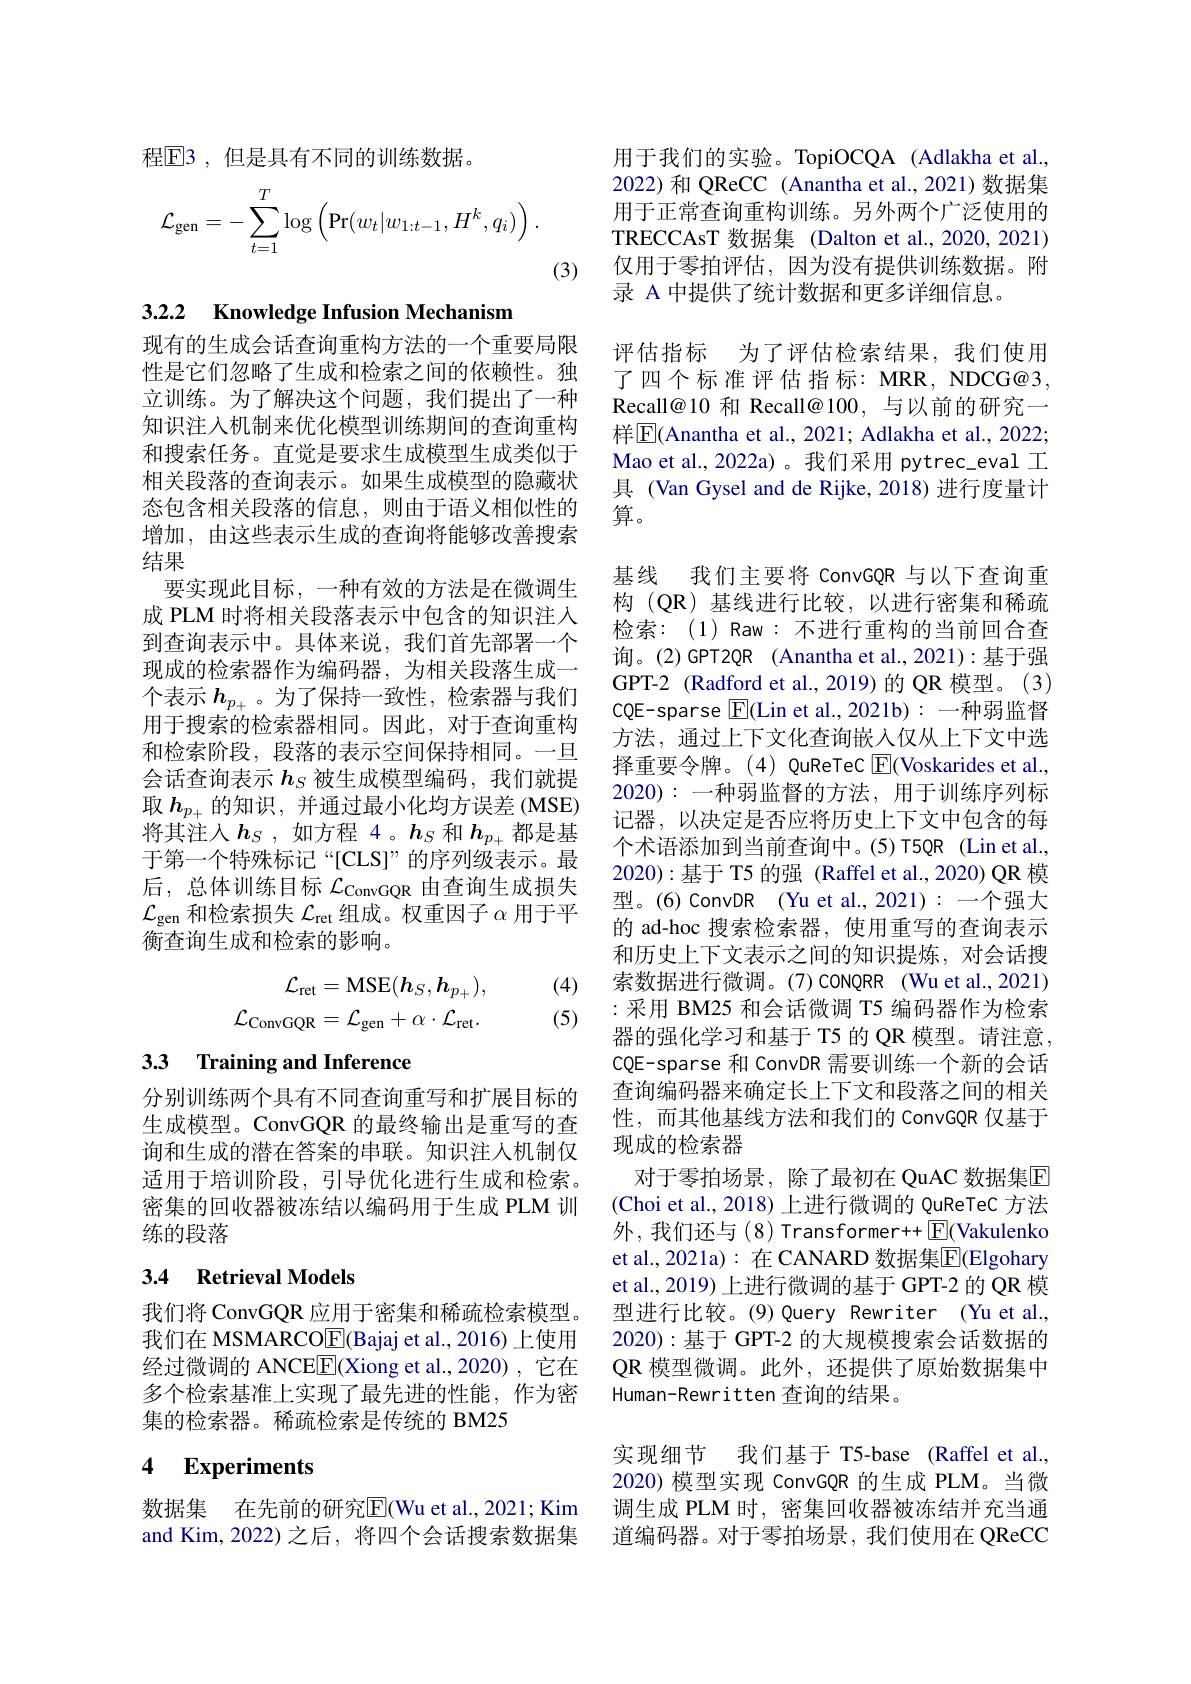
程$\mathbb{E}$3 ,但是具有不同的训练数据。
$$\mathcal{L}_{\mathrm{gen}}=-\sum_{t=1}^T\log\left(\Pr(w_t|w_{1:t-1},H^k,q_i)\right).$$
(3)

3.2.2 Knowledge Infusion Mechanism

现有的生成会话查询重构方法的一个重要局限性是它们忽略了生成和检索之间的依赖性。独立训练。为了解决这个问题，我们提出了一种知识注入机制来优化模型训练期间的查询重构和搜索任务。直觉是要求生成模型生成类似于相关段落的查询表示。如果生成模型的隐藏状态包含相关段落的信息，则由于语义相似性的增加，由这些表示生成的查询将能够改善搜索结果
要实现此目标，一种有效的方法是在微调生成 PLM 时将相关段落表示中包含的知识注人到查询表示中。具体来说，我们首先部署一个现成的检索器作为编码器，为相关段落生成一个表示$h_{p_+}$ 。为了保持一致性，检索器与我们用于搜索的检索器相同。因此，对于查询重构和检索阶段，段落的表示空间保持相同。一旦会话查询表示$h_S$被生成模型编码，我们就提取$h_{p_+}$的知识，并通过最小化均方误差 (MSE) 将其注入$h_S$,如方程 4。$h_S$ 和$h_p_+$都是基于第一个特殊标记“[CLS]”的序列级表示。最后，总体训练目标$\mathcal{L}_\mathrm{ConvGQR}$由查询生成损失$\mathcal{L}_\mathrm{gen}$和检索损失$\mathcal{L}_\mathrm{ret}$组成。权重因子$\alpha$用于平衡查询生成和检索的影响。
$$\begin{aligned}\mathcal{L}_{\mathrm{ret}}&=\mathrm{MSE}(\boldsymbol{h}_{S},\boldsymbol{h}_{p_{+}}),\\\mathcal{L}_{\mathrm{ConvGQR}}&=\mathcal{L}_{\mathrm{gen}}+\alpha\cdot\mathcal{L}_{\mathrm{ret}}.\end{aligned}$$
(4) (5)

# 33 Training and Inference

分别训练两个具有不同查询重写和扩展目标的生成模型。ConvGQR 的最终输出是重写的查询和生成的潜在答案的串联。知识注人机制仅适用于培训阶段，引导优化进行生成和检索。密集的回收器被冻结以编码用于生成 PLM 训练的段落

# 3.4 Retrieval Models

我们将 ConvGQR 应用于密集和稀疏检索模型。我们在 MSMARCO$\boxed{\mathrm{F}}($Bajaj et al., 2016) 上使用经过微调的 ANCEE[E](Xiong et al.,2020) ,它在多个检索基准上实现了最先进的性能，作为密集的检索器。稀疏检索是传统的 BM25

# 4 Experiments

数据集 在先前的研究$\overline{\mathrm{E}}($Wu et al., 2021; Kim and Kim, 2022) 之后，将四个会话搜索数据集

用于我们的实验。TopiOCQA (Adlakha et al., 2022) 和 QReCC (Anantha et al., 2021) 数据集用于正常查询重构训练。另外两个广泛使用的TRECCAsT 数据集 (Dalton et al.,2020, 2021) 仅用于零拍评估，因为没有提供训练数据。附录 A 中提供了统计数据和更多详细信息。

评估指标 为了评估检索结果，我们使用了四个标准评估指标：MRR,NDCG@3, Recall@10 和 Recall@100, 与以前的研究一样$\overline{\mathbb{E}}$(Anantha et al., 2021; Adlakha et al., 2022; Mao et al., 2022a)。我们采用 pytrec\_eval 工具 (Van Gysel and de Rijke, 2018) 进行度量计算。
基线 我们主要将 ConvGQR 与以下查询重构(QR)基线进行比较，以进行密集和稀疏检索：(1) Raw:不进行重构的当前回合查询。(2)GPT2QR (Anantha et al., 2021):基于强GPT-2 (Radford et al., 2019) 的 QR 模型。(3) CQE-sparse $\boxed{\mathrm{F}}($Lin et al.,2021b): 一种弱监督方法，通过上下文化查询嵌入仅从上下文中选择重要令牌。(4) QuReTeC $\boxed{\mathrm{F}}($Voskarides et al., 2020):一种弱监督的方法，用于训练序列标记器，以决定是否应将历史上下文中包含的每个术语添加到当前查询中。(5)T5QR (Lin et al., 2020):基于 T5 的强 (Raffel et al., 2020) QR 模型。(6)ConvDR (Yu et al., 2021): 一个强大的 ad-hoc 搜索检索器，使用重写的查询表示和历史上下文表示之间的知识提炼，对会话搜索数据进行微调。(7)CONQRR (Wu et al., 2021) :采用 BM25 和会话微调 T5 编码器作为检索

器的强化学习和基于 T5 的 QR 模型。请注意， CQE-sparse 和 ConvDR 需要训练一个新的会话查询编码器来确定长上下文和段落之间的相关性，而其他基线方法和我们的 ConvGQR 仅基于现成的检索器
对于零拍场景，除了最初在 QuAC 数据集$\overline{\mathrm{E}}$ (Choi et al., 2018) 上进行微调的 QuReTeC 方法外，我们还与(8) Transformer++ $\boxed{\mathrm{F}}($Vakulenko et al., 2021a): 在 CANARD 数据集$\overline{\mathrm{E}}($Elgohary et al., 2019) 上进行微调的基于 GPT-2 的 QR 模型进行比较。(9)Query Rewriter (Yu et al., 2020):基于 GPT-2 的大规模搜索会话数据的QR 模型微调。此外，还提供了原始数据集中Human-Rewritten 查询的结果。
实现细节 我们基于 T5-base (Raffel et al.,

2020) 模型实现 ConvGQR 的生成 PLM。当微调生成 PLM 时，密集回收器被冻结并充当通道编码器。对于零拍场景，我们使用在 QReCC